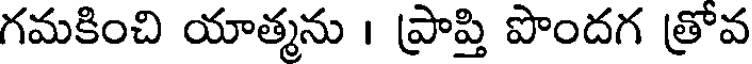
గమకించి యాత్మను । ప్రాప్తి పొందగ త్రోవ